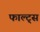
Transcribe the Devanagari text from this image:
फाल्ट्स